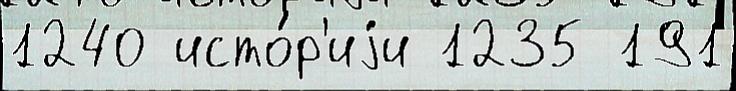
1240 исто́р'иjи 1235 191